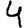
Digit: 4